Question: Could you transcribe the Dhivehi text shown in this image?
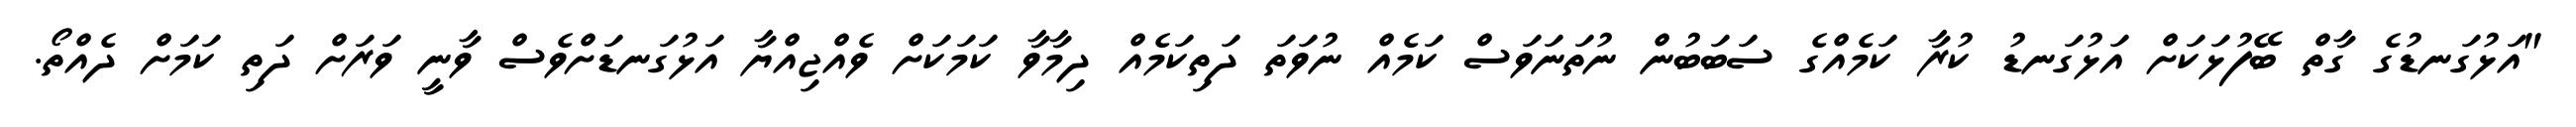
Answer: "އަޅުގަނޑުގެ ގާތް ބޭފުޅަކަށް އަޅުގަނޑު ކުރާ ކަމެއްގެ ސަބަބުން ނުތަނަވަސް ކަމެއް ނުވަތަ ދަތިކަމެއް ދިމާވާ ކަމަކަށް ވެއްޖިއްޔާ އަޅުގަނޑަށްވެސް ވާނީ ވަރަށް ދަތި ކަމަށް ދެއްތޯ.